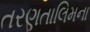
તરણતાલિમના